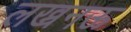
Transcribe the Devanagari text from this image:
लख्ननऊ